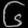
Digit: ၆